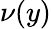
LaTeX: \nu(y)